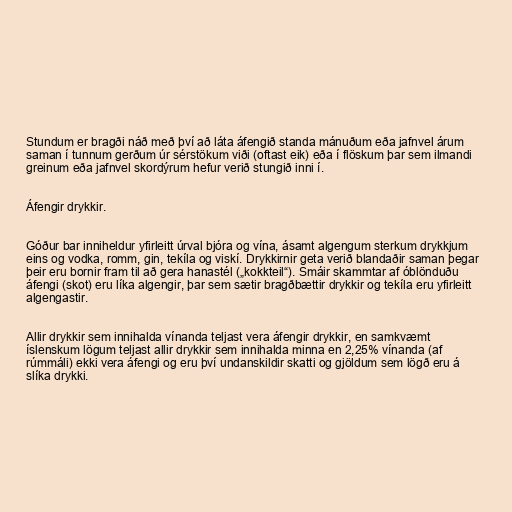
Stundum er bragði náð með því að láta áfengið standa mánuðum eða jafnvel árum
saman í tunnum gerðum úr sérstökum viði (oftast eik) eða í flöskum þar sem ilmandi
greinum eða jafnvel skordýrum hefur verið stungið inni í.

Áfengir drykkir.

Góður bar inniheldur yfirleitt úrval bjóra og vína, ásamt algengum sterkum drykkjum
eins og vodka, romm, gin, tekíla og viskí. Drykkirnir geta verið blandaðir saman þegar
þeir eru bornir fram til að gera hanastél („kokkteil“). Smáir skammtar af óblönduðu
áfengi (skot) eru líka algengir, þar sem sætir bragðbættir drykkir og tekíla eru yfirleitt
algengastir.

Allir drykkir sem innihalda vínanda teljast vera áfengir drykkir, en samkvæmt
íslenskum lögum teljast allir drykkir sem innihalda minna en 2,25% vínanda (af
rúmmáli) ekki vera áfengi og eru því undanskildir skatti og gjöldum sem lögð eru á
slíka drykki.